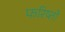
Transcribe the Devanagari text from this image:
फरिष्तो